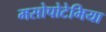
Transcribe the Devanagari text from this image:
मसोपोटेमिया